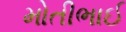
મોતીભાઈ